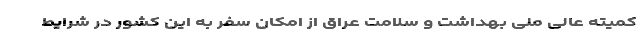
کمیته عالی ملی بهداشت و سلامت عراق از امکان سفر به این کشور در شرایط